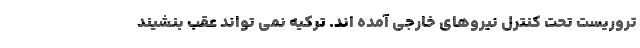
تروریست تحت کنترل نیروهای خارجی آمده اند. ترکیه نمی تواند عقب بنشیند